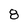
Character: 8